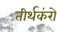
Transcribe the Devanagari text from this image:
तीर्थकंरो